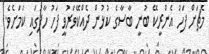
މެޗަށް ފަހު އެންރީކޭ ބުނީ ބާސާގެ ކުޅުން ދެއްކޭވަރުވީ ފަހު ހާފުގައި ކަމަށެވެ.